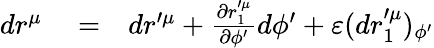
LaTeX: \begin{array}{rlr}{dr^{\mu}}&{{}=}&{dr^{\prime\mu}+\frac{\partial r_{1}^{\prime\mu}}{\partial\phi^{\prime}}d\phi^{\prime}+\varepsilon(dr_{1}^{\prime\mu})_{\phi^{\prime}}}\end{array}